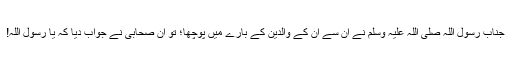
جناب رسول اللہ صلی اللہ علیہ وسلم نے ان سے ان کے والدین کے بارے میں پوچھا؛ تو ان صحابی نے جواب دیا کہ یا رسول اللہ!